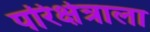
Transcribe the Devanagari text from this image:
परिक्षेत्राला